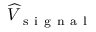
\widehat { V } _ { \mathrm { ~ s ~ i ~ g ~ n ~ a ~ l ~ } }